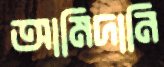
আমিদানি